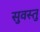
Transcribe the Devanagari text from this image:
सुवस्तु